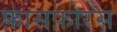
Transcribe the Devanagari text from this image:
फ़ासफ़ोरस